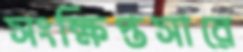
সংক্ষিপ্তসারে